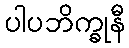
ပါပဘိက္ခုနီ